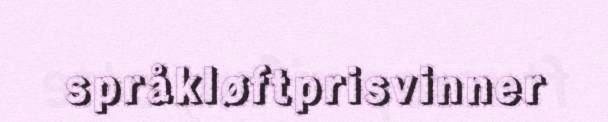
språkløftprisvinner